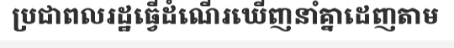
ប្រជាពលរដ្ឋធ្វើដំណើរឃើញនាំគ្នាដេញតាម